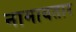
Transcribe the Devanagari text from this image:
नामावतार